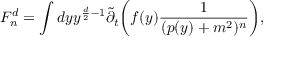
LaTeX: F _ { n } ^ { d } = \int d y y ^ { \frac { d } { 2 } - 1 } { \tilde { \partial } _ { t } } \bigg ( f ( y ) \frac { 1 } { ( p ( y ) + m ^ { 2 } ) ^ { n } } \bigg ) \mathrm { , }